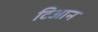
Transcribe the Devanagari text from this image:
टिआन